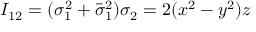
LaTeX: I _ { 1 2 } = ( \sigma _ { 1 } ^ { 2 } + \bar { \sigma } _ { 1 } ^ { 2 } ) \sigma _ { 2 } = 2 ( x ^ { 2 } - y ^ { 2 } ) z